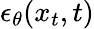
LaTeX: \epsilon_{\theta}(x_{t},t)